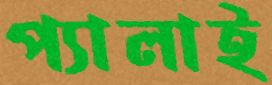
প্যালাই